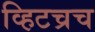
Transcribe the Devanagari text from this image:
व्हिटच्रच